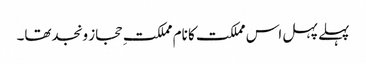
پہلے پہل اس مملکت کا نام مملکتِ حجاز ونجدتھا۔